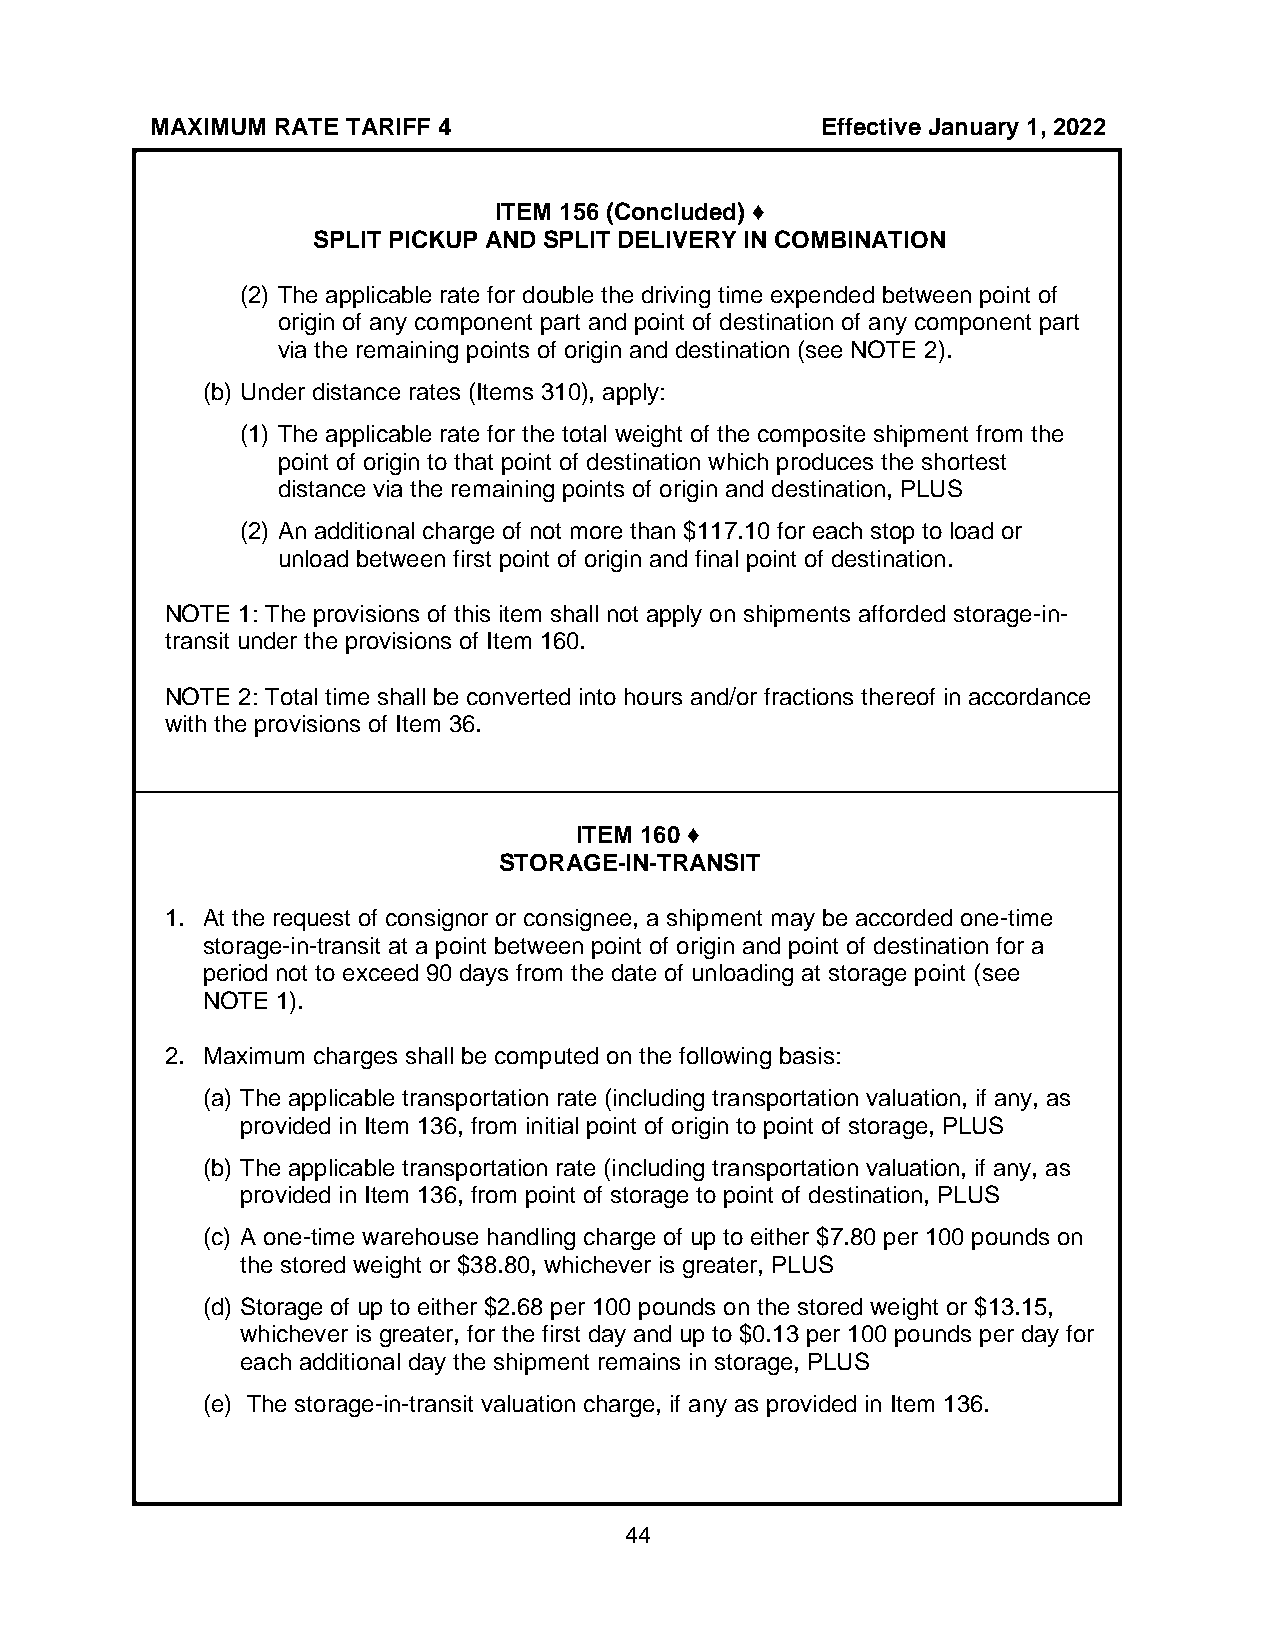
MAXIMUM RATE TARIFF 4                       Effective January 1, 2022
 ITEM 156 (Concluded) ♦
 SPLIT PICKUP AND SPLIT DELIVERY IN COMBINATION
 (2) The applicable rate for double the driving time expended between point of
 origin of any component part and point of destination of any component part
 via the remaining points of origin and destination (see NOTE 2).
 (b) Under distance rates (Items 310), apply:
 (1) The applicable rate for the total weight of the composite shipment from the
 point of origin to that point of destination which produces the shortest
 distance via the remaining points of origin and destination, PLUS
 (2) An additional charge of not more than $117.10 for each stop to load or
 unload between first point of origin and final point of destination.
 NOTE 1: The provisions of this item shall not apply on shipments afforded storage-in-
 transit under the provisions of Item 160.
 NOTE 2: Total time shall be converted into hours and/or fractions thereof in accordance
 with the provisions of Item 36.
 ITEM 160 ♦
 STORAGE-IN-TRANSIT
 1. At the request of consignor or consignee, a shipment may be accorded one-time
 storage-in-transit at a point between point of origin and point of destination for a
 period not to exceed 90 days from the date of unloading at storage point (see
 NOTE 1).
 2. Maximum charges shall be computed on the following basis:
 (a) The applicable transportation rate (including transportation valuation, if any, as
 provided in Item 136, from initial point of origin to point of storage, PLUS
 (b) The applicable transportation rate (including transportation valuation, if any, as
 provided in Item 136, from point of storage to point of destination, PLUS
 (c) A one-time warehouse handling charge of up to either $7.80 per 100 pounds on
 the stored weight or $38.80, whichever is greater, PLUS
 (d) Storage of up to either $2.68 per 100 pounds on the stored weight or $13.15,
 whichever is greater, for the first day and up to $0.13 per 100 pounds per day for
 each additional day the shipment remains in storage, PLUS
 (e) The storage-in-transit valuation charge, if any as provided in Item 136.
 44